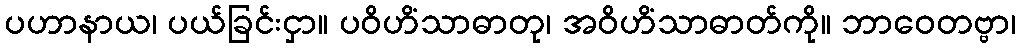
ပဟာနာယ၊ ပယ်ခြင်းငှာ။ ပဝိဟိံသာဓာတု၊ အဝိဟိံသာဓာတ်ကို။ ဘာဝေတဗ္ဗာ၊